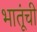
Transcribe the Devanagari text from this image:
भातूंची